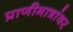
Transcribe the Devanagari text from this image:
प्राणीमात्रांवर